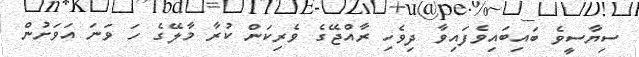
ސިޔާސީވެ ބައިބައިވެފައިވާ ދިވެހި ރާއްޖޭގެ ވެރިކަން ކުރާ މާލޭގެ ހަ ވަނަ އަވަށުން